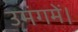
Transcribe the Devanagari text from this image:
उमंगमें।